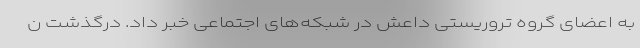
به اعضای گروه تروریستی داعش در شبکه‌های اجتماعی خبر داد. درگذشت ن